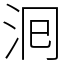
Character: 𭰁